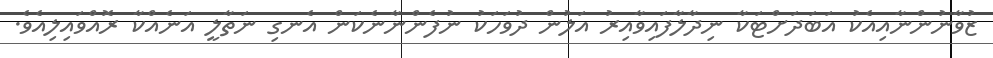
ޒުވާނުންނާއިއެކު އަބަދަށްޓަކާ ނިދާލާފައިވާއިރު އަލުން ދުވަހަކު ނުފެންނާނެކަން އެނގި ނަތާލީ އަނެއްކާ ރޮއްވައިލިއެވެ.